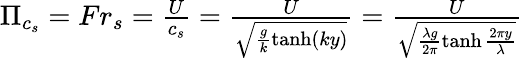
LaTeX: \begin{array}{r}{\Pi_{c_{s}}=Fr_{s}=\frac{U}{c_{s}}=\frac{U}{\sqrt{\frac{g}{k}\operatorname{tanh}(ky)}}=\frac{U}{\sqrt{\frac{\lambda g}{2\pi}\operatorname{tanh}\frac{2\pi y}{\lambda}}}}\end{array}